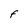
Character: F